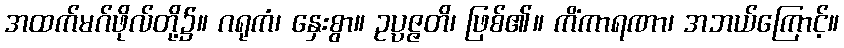
အထက်မဂ်ဖိုလ်တို့၌။ ဂရုကံ၊ နှေးစွာ။ ဥပ္ပဇ္ဇတိ၊ ဖြစ်၏။ ကိံကာရဏာ၊ အဘယ်ကြောင့်။